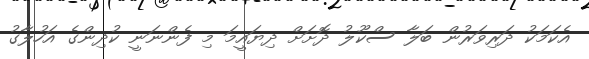
އެކަމަކު ދަރިވަރުން ބަލާ ސްކޫލު ދޮށަށް ދިޔައީމަ މި ފެންނަނީ ކުދިންގެ އަހުލާގު